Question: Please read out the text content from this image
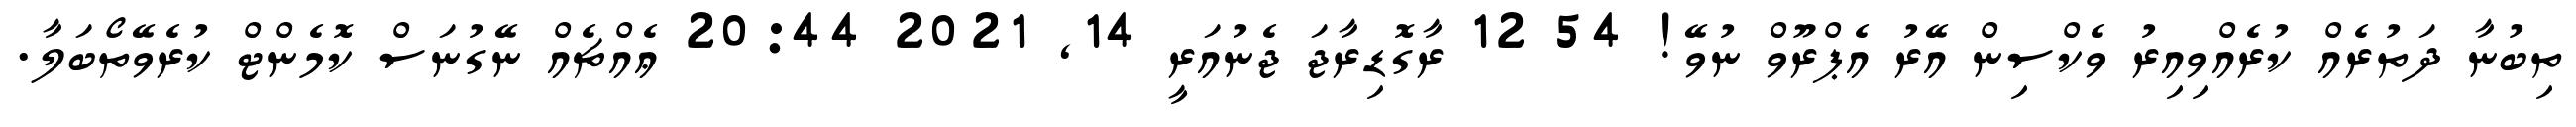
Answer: ތިބުނާ ދަތުރެއް ކުރެއްވިއިރު ވެކްސިން އޭރު އެޕްރޫވް ނުވޭ! 54 12 ރާގޮޑިރާޖަ ޖެނުއަރީ 14, 2021 20:44 ޢެއްޗެއް ނޭގުނަސް ކޮމެންޓް ކުރެވޭތޯބަލާ.